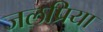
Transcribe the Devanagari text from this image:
जलप्रिया